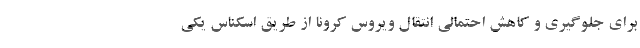
برای جلوگیری و کاهش احتمالی انتقال ویروس کرونا از طریق اسکناس یکی